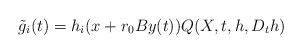
LaTeX: \begin{align*}\tilde g_i (t) & = h_i(x+r_0 B y(t) ) Q(X,t,h,D_th)\end{align*}